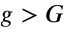
g > G